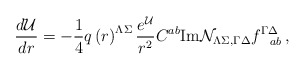
\begin{align*}{d{\cal U}\over dr}=-{1\over 4}q\left(r\right)^{\Lambda\Sigma}{e^{\cal U}\over r^2}C^{ab}{\rm Im}{\cal N }_{\Lambda \Sigma,\Gamma\Delta}f^{\Gamma\Delta}_{~~ab}\, ,\end{align*}